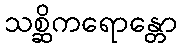
သစ္ဆိကရောန္တော